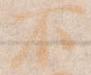
不